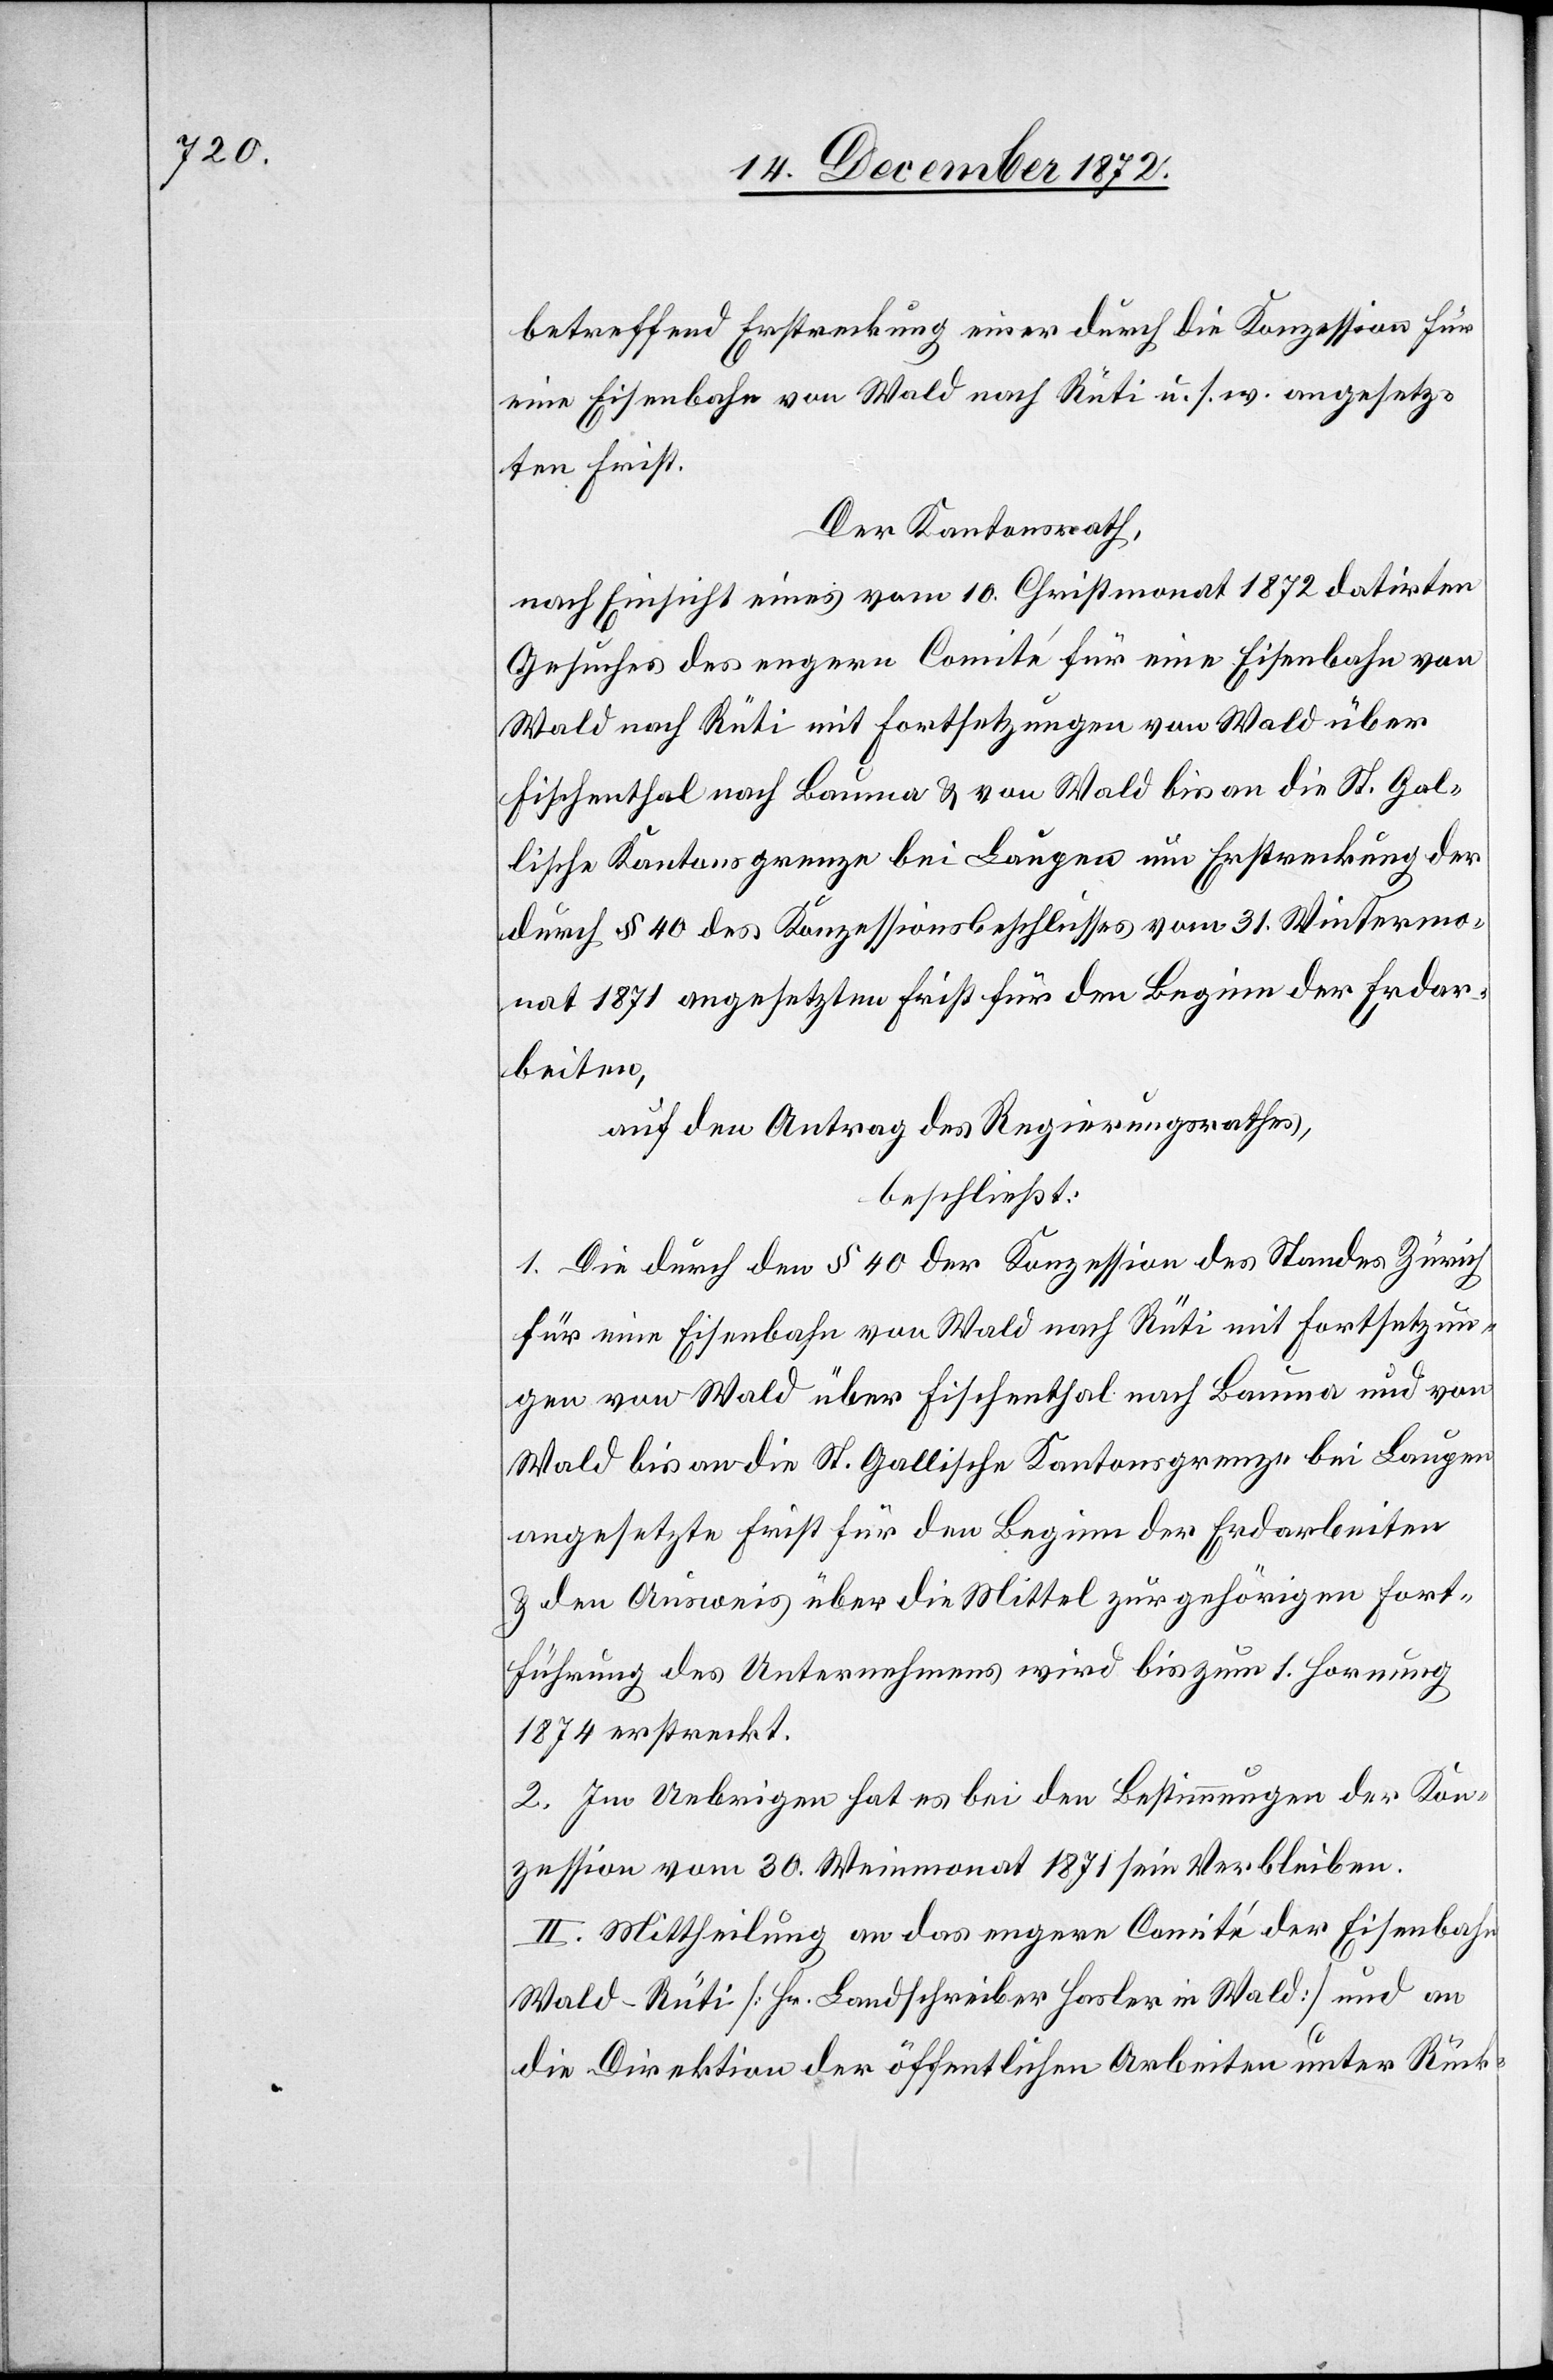
betreffend Erstreckung einer durch die Konzession für
eine Eisenbahn von Wald nach Rüti u. s. w. angesetz¬
ten Frist.
Der Kantonsrath,
nach Einsicht eines vom 10. Christmonat 1872 datirten
Gesuches des engern Comité für eine Eisenbahn von
Wald nach Rüti mit Fortsetzungen von Wald über
Fischenthal nach Bauma u. von Wald bis an die St. Gal¬
lische Kantonsgrenze bei Laupen um Erstreckung der
durch § 40 des Konzessionsbeschlusses vom 31. Wintermo¬
nat 1871 angesetzten Frist für den Beginn der Erdar¬
beiten,
auf den Antrag des Regierungsrathes,
beschließt:
1. Die durch den § 40 der Konzession des Standes Zürich
für eine Eisenbahn von Wald nach Rüti mit Fortsetzun¬
gen von Wald über Fischenthal nach Bauma und von
Wald bis an die St. Gallische Kantonsgrenze bei Laupen
angesetzte Frist für den Beginn der Erdarbeiten
u. den Ausweis über die Mittel zur gehörigen Fort¬
führung des Unternehmens wird bis zum 1. Hornung
1874 erstreckt.
2. Im Uebrigen hat es bei den Bestimmungen der Kon¬
zession vom 30. Weinmonat 1871 sein Verbleiben.
II. Mittheilung an das engere Comité der Eisenbahn
Wald–Rüti [Hr. Landschreiber Hasler in Wald] und an
die Direktion der öffentlichen Arbeiten unter Rück-